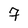
Character: 7